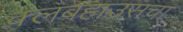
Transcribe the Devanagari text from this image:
क्लबहाउसचा